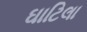
ઘાટિલા